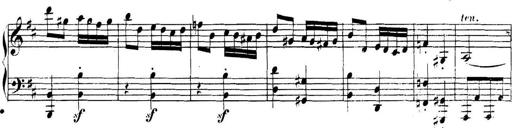
Title: Collected Piano Sonatas
Composer: Muzio Clementi